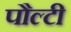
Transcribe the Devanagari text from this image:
पौल्टी